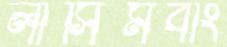
লাসিমবাং